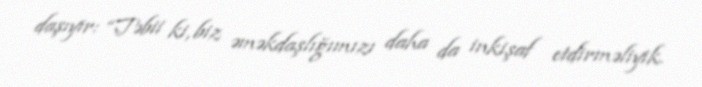
daşıyır: “Təbii ki, biz əməkdaşlığımızı daha da inkişaf etdirməliyik.